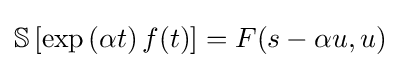
{\mathbb {S} }\left[\exp \left(\alpha t\right)f(t)\right]=F(s-\alpha u,u)